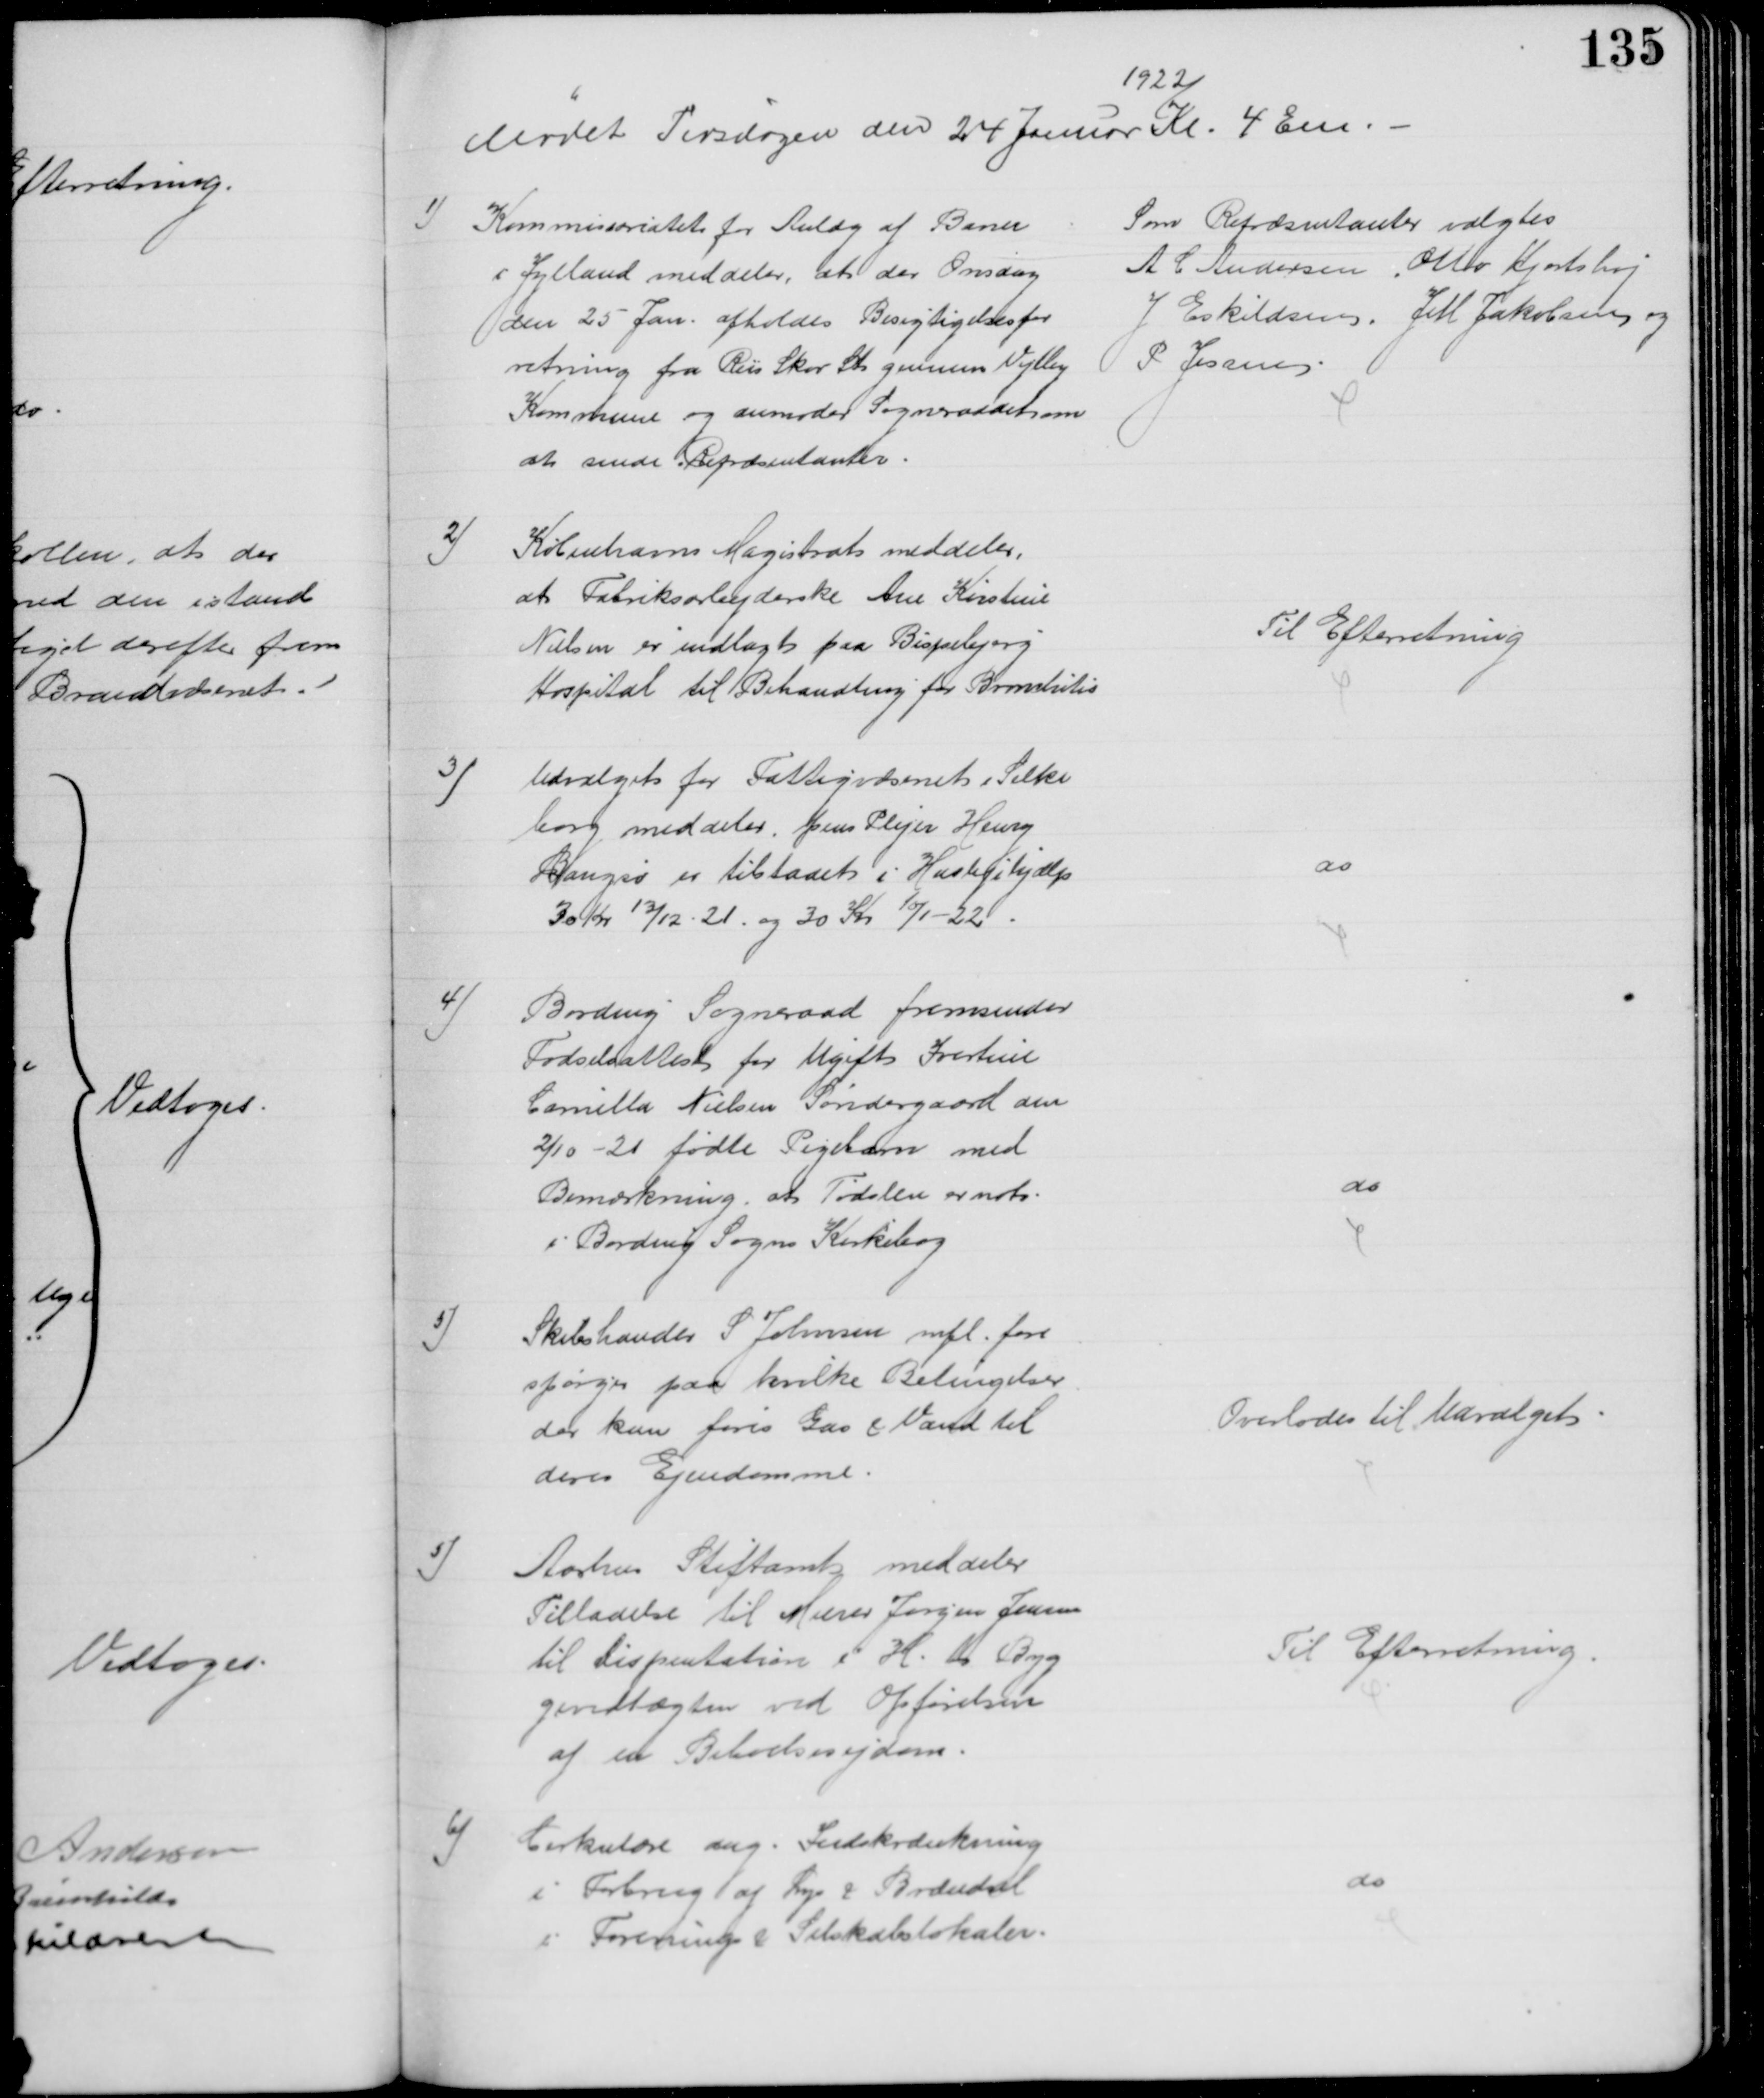
Transskription:
Mødet Tirsdagen den 24 Januar 
1922
Kl. 4 Em.
1)
Kommissoriatet for Anlæg af Baner
i Jylland meddeler, at der Onsdag
den 25 Jan. afholdes Besigtigelsesfor
retning fra Riis Skov St. gennem Vejlby
Kommune og anmoder Sogneraadet om 
at sende Repræsentanter.
Som Repræsentanter valgtes
A C Andersen, Otto Hjortshøj
J Eskildsen, J M Jakobsen og
P. Jessen
2)
Københavns Magistrat meddeler,
at Fabriksarbejderske Ane Kirstine
Nielsen er indlagt paa Bispebjerg
Hospital til Behandling for Bronchitis
Til Efterretning
3)
Udvalget for Fattigvæsenet i Silke
borg meddeler, pens Plejer Henry
Bangsø er tilstaaet i Huslejehjælp
30 Kr 13/12 - 21 og 30 Kr 10/1-22.
do
4)
Bording Sogneraad fremsender
Fødselsattest for Ugift Ivertine
Camilla Nielsen Søndergaard den
2/10 - 21 fødte Pigebarn med
Bemærkning, at Fødslen er not.
i Bording Sogns Kirkebog
do
5)
Skibshandler S. Johnsen mfl. fore
spørger paa hvilke Betingelser
der kan føres Gas & Vand til
deres Ejendomme.
Overlodes til Udvalget
5)
Aarhus Stiftamt meddeler
Tilladelse til Murer Jørgen Jensen
til Dispentation i H. t. Byg
gevedtægten ved Opførelsen
af en Beboelsevejdom.
Til Efterretning.
6)
Cirkulære ang. Indskrænkning
i Forbrug af Lys & Brændsel
i Forenings & Selskabslokaler.
do